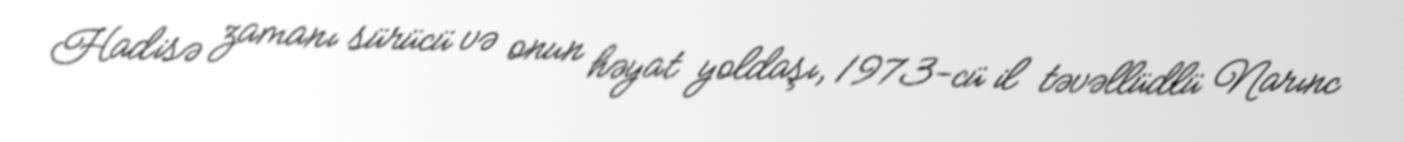
Hadisə zamanı sürücü və onun həyat yoldaşı, 1973-cü il təvəllüdlü Narınc